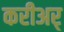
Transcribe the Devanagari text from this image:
करीअर्